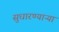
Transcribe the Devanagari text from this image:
सुधारण्याऱ्या